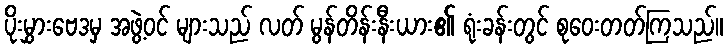
ပိုးမွှားဗေဒမှ အဖွဲ့ဝင် များသည် လတ် မွန်တိန်းနီးယား၏ ရုံးခန်းတွင် စုဝေးတတ်ကြသည်။